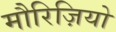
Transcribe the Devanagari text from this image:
मौरिज़ियो